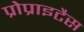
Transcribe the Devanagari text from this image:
प्रोप्राइटैस